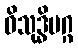
ဝိသုဒ္ဓိမဂ္ဂ